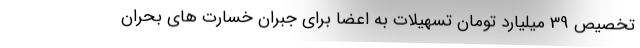
تخصیص 39 میلیارد تومان تسهیلات به اعضا برای جبران خسارت های بحران